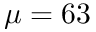
\mu = 6 3